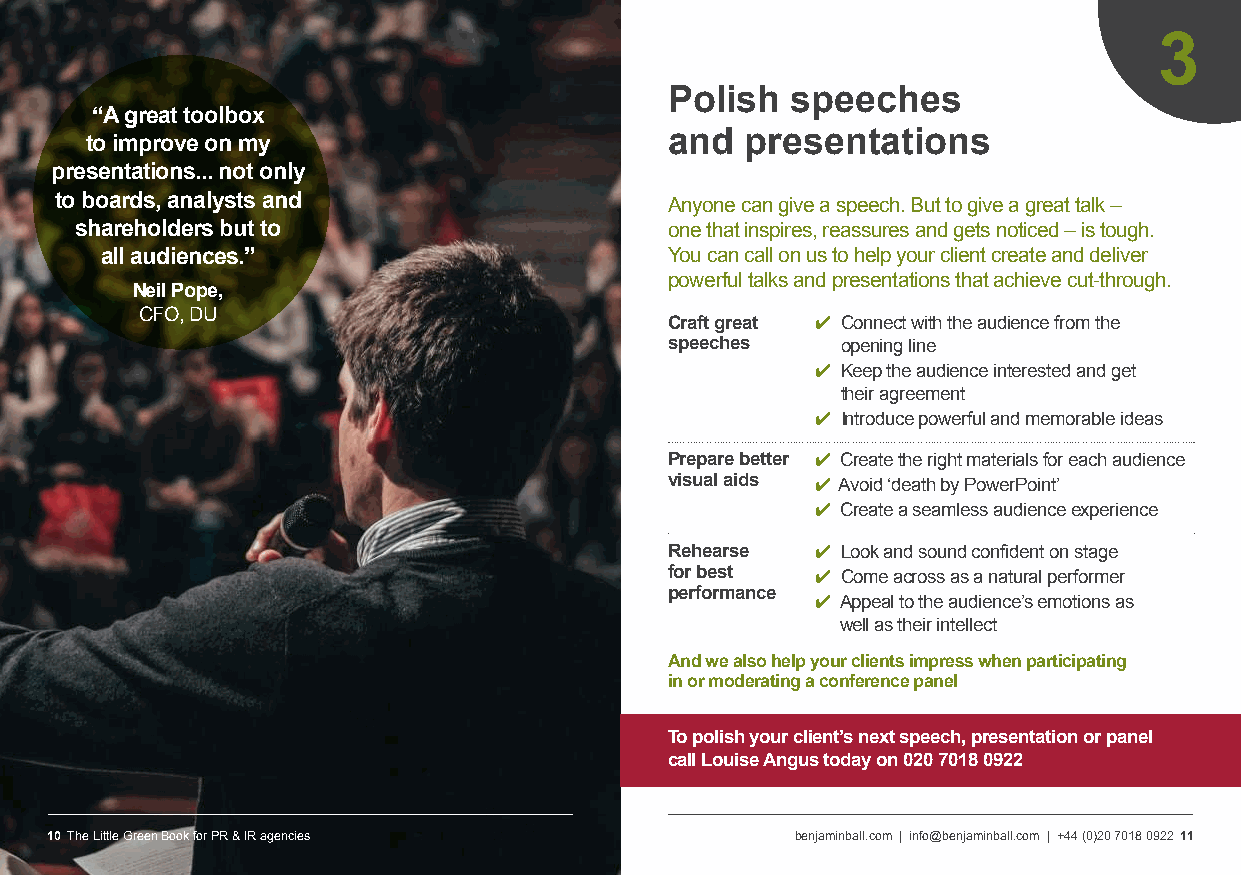
3
 Polish  speeches
 “A great toolbox
 and  presentations
 to improve on my
 presentations... not only
 to boards, analysts and
 Anyone can give a speech. But to give a great talk –
 shareholders but to                    one that inspires, reassures and gets noticed – is tough.
 all audiences.”                      You can call on us to help your client create and deliver
 powerful talks and presentations that achieve cut-through.
 Neil Pope,
 CFO, DU                            Craft great ✔ Connect with the audience from the
 speeches    opening line
 ✔ Keep the audience interested and get
 their agreement
 ✔ I ntroduce powerful and memorable ideas
 Prepare better ✔ Create the right materials for each audience
 visual aids ✔ Avoid ‘death by PowerPoint’
 ✔ Create a seamless audience experience
 Rehearse  ✔ L ook and sound confident on stage
 for best  ✔ C ome across as a natural performer
 performance
 ✔ A ppeal to the audience’s emotions as
 well as their intellect
 And we also help your clients impress when participating
 in or moderating a conference panel
 To polish your client’s next speech, presentation or panel
 call Louise Angus today on 020 7018 0922
 10 The Little Green Book for PR & IR agencies     benjaminball.com | info@benjaminball.com | +44 (0)20 7018 0922 11